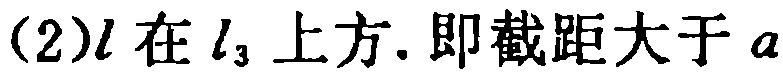
(2)\(l\)在\(l_{3}\)上方. 即截距大于\(a\)